Lunatic asylums Madras 1877-1891 - 1877-1891
Year: 1877
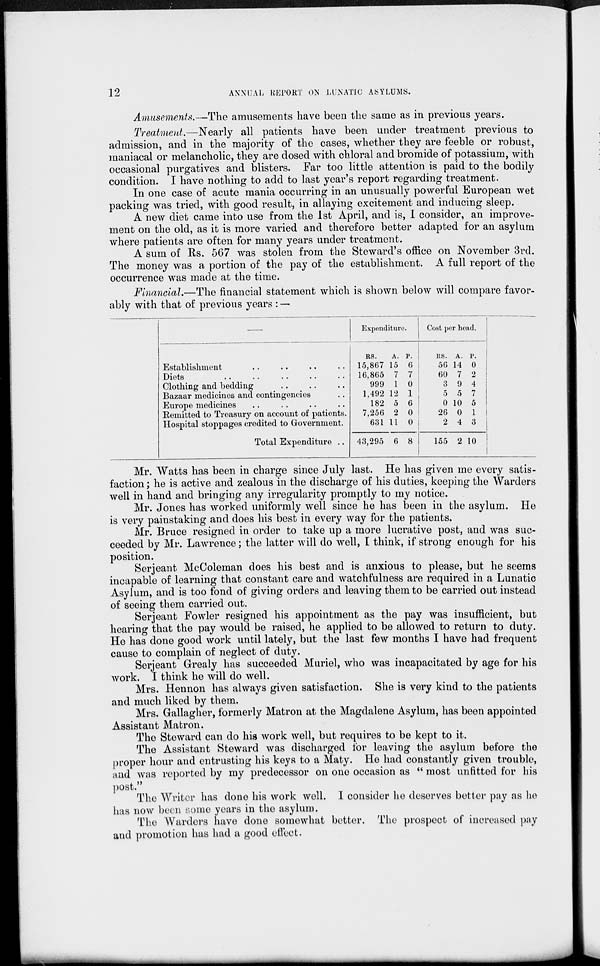
12
ANNUAL REPORT ON LUNATIC ASYLUMS.
Amusements.— The amusements have been the same as in previous years.
Treatment.—Nearly all patients have been under treatment previous to
admission, and in the majority of the cases, whether they are feeble or robust,
maniacal or melancholic, they are dosed with chloral and bromide of potassium, with
occasional purgatives and blisters. Far too little attention is paid to the bodily
condition. I have nothing to add to last year's report regarding treatment.
In one case of acute mania occurring in an unusually powerful European wet
packing was tried, with good result, in allaying excitement and inducing sleep.
A new diet came into use from the 1st April, and is, I consider, an improve-
ment on the old, as it is more varied and therefore better adapted for an asylum
where patients are often for many years under treatment.
A sum of Rs. 567 was stolen from the Steward's office on November 3rd.
The money was a portion of the pay of the establishment. A full report of the
occurrence was made at the time.
Financial.—The financial statement which is shown below will compare favor-
ably with that of previous years : —
Establishment .. .. .. ..
Diets .. .. .. .. ..
Clothing and bedding .. .. ..
Bazaar medicines and contingencies ..
Europe medicines .. .. .. ..
Remitted to Treasury on account of patients.
Hospital stoppages credited to Government.
Total Expenditure ..
Expenditure.
RS.
15,867
16,865
999
1,492
182
7,256
631
43,295
A.
15
7
1
12
5
2
11
6
P.
6
7
0
1
6
0
0
8
Cost per head.
RS.
56
60
3
5
0
26
2
155
A.
14
7
9
5
10
0
4
2
P.
0
2
4
7
5
1
3
10
i
Mr. Watts has been in charge since July last. He has given me every satis-
faction ; he is active and zealous in the discharge of his duties, keeping the Warders
well in hand and bringing any irregularity promptly to my notice.
Mr. Jones has worked uniformly well since he has been in the asylum. He
is very painstaking and does his best in every way for the patients.
Mr. Bruce resigned in order to take up a more lucrative post, and was suc-
ceeded by Mr. Lawrence; the latter will do well, I think, if strong enough for his
position.
Serjeant McColeman does his best and is anxious to please, but he seems
incapable of learning that constant care and watchfulness are required in a Lunatic
Asylum, and is too fond of giving orders and leaving them to be carried out instead
of seeing them carried out.
Serjeant Fowler resigned his appointment as the pay was insufficient, but
hearing that the pay would be raised, he applied to be allowed to return to duty.
He has done good work until lately, but the last few months I have had frequent
cause to complain of neglect of duty.
Serjeant Grealy has succeeded Muriel, who was incapacitated by age for his
work. I think he will do well.
Mrs. Hennon has always given satisfaction. She is very kind to the patients
and much liked by them.
Mrs. Gallagher, formerly Matron at the Magdalene Asylum, has been appointed
Assistant Matron.
The Steward can do his work well, but requires to be kept to it.
The Assistant Steward was discharged for leaving the asylum before the
proper hour and entrusting his keys to a Maty. He had constantly given trouble,
and was reported by my predecessor on one occasion as " most unfitted for his
post."
The Writer has done his work well. I consider he deserves better pay as he
has now been some years in the asylum.
The Warders have done somewhat better. The prospect of increased pay
and promotion has had a good effect.